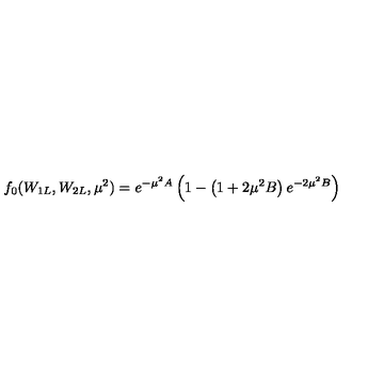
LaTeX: f _ { 0 } ( W _ { 1 L } , W _ { 2 L } , \mu ^ { 2 } ) = e ^ { - \mu ^ { 2 } A } \left( 1 - \left( 1 + 2 \mu ^ { 2 } B \right) e ^ { - 2 \mu ^ { 2 } B } \right)